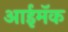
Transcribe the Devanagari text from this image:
आईमॅक